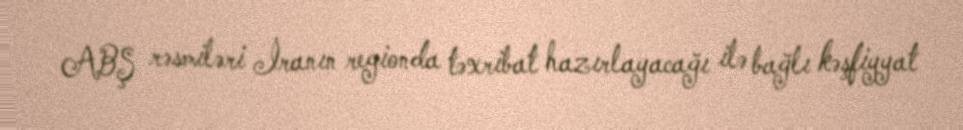
ABŞ rəsmiləri İranın regionda təxribat hazırlayacağı ilə bağlı kəşfiyyat